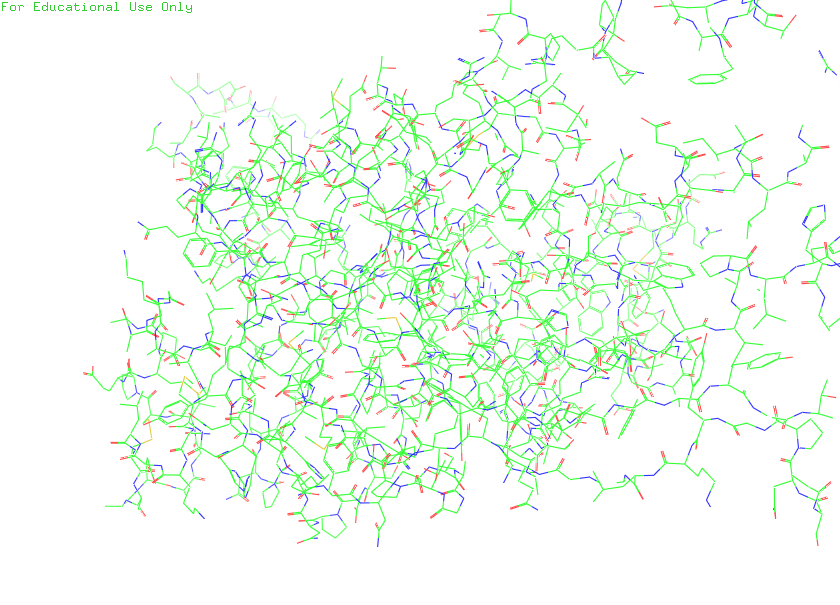
pymol, preset, default